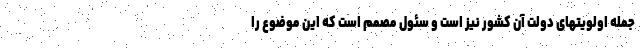
جمله اولویتهای دولت آن کشور نیز است و سئول مصمم است که این موضوع را